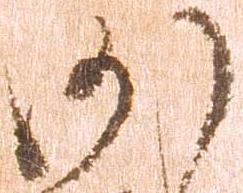
沙